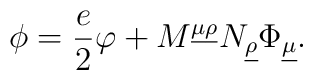
\phi = \frac{e}{2}\varphi +M^{\underline{\mu} \underline{\rho}}N_{\underline{\rho}}\Phi_{\underline{\mu}}.